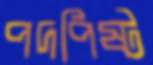
পদপিষ্ট